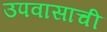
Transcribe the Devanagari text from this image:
उपवासाची